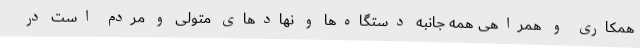
همکاری و همراهی همه جانبه دستگاه‌ها و نهادهای متولی و مردم است در